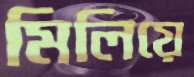
মিলিয়ে